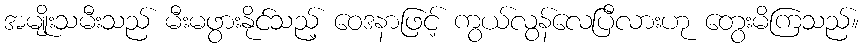
အမျိုးသမီးသည် မီးမဖွားနိုင်သည့် ဝေဒနာဖြင့် ကွယ်လွန်လေပြီလားဟု တွေးမိကြသည်။